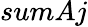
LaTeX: sumAj